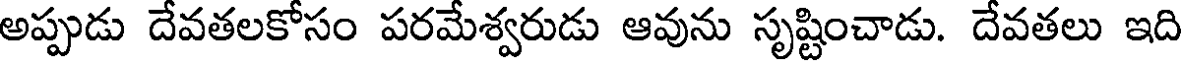
అప్పుడు దేవతలకోసం పరమేశ్వరుడు ఆవును సృష్టించాడు. దేవతలు ఇది